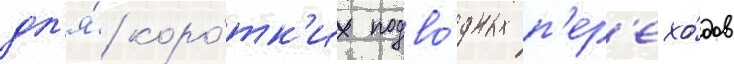
дл'я́ коро́тк'их подво́дных п'ер'ехо́дов